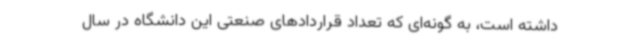
داشته است، به گونه‌ای که تعداد قراردادهای صنعتی این دانشگاه در سال